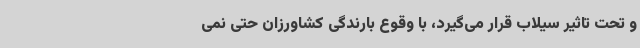
و تحت تاثیر سیلاب قرار می‌گیرد، با وقوع بارندگی کشاورزان حتی نمی